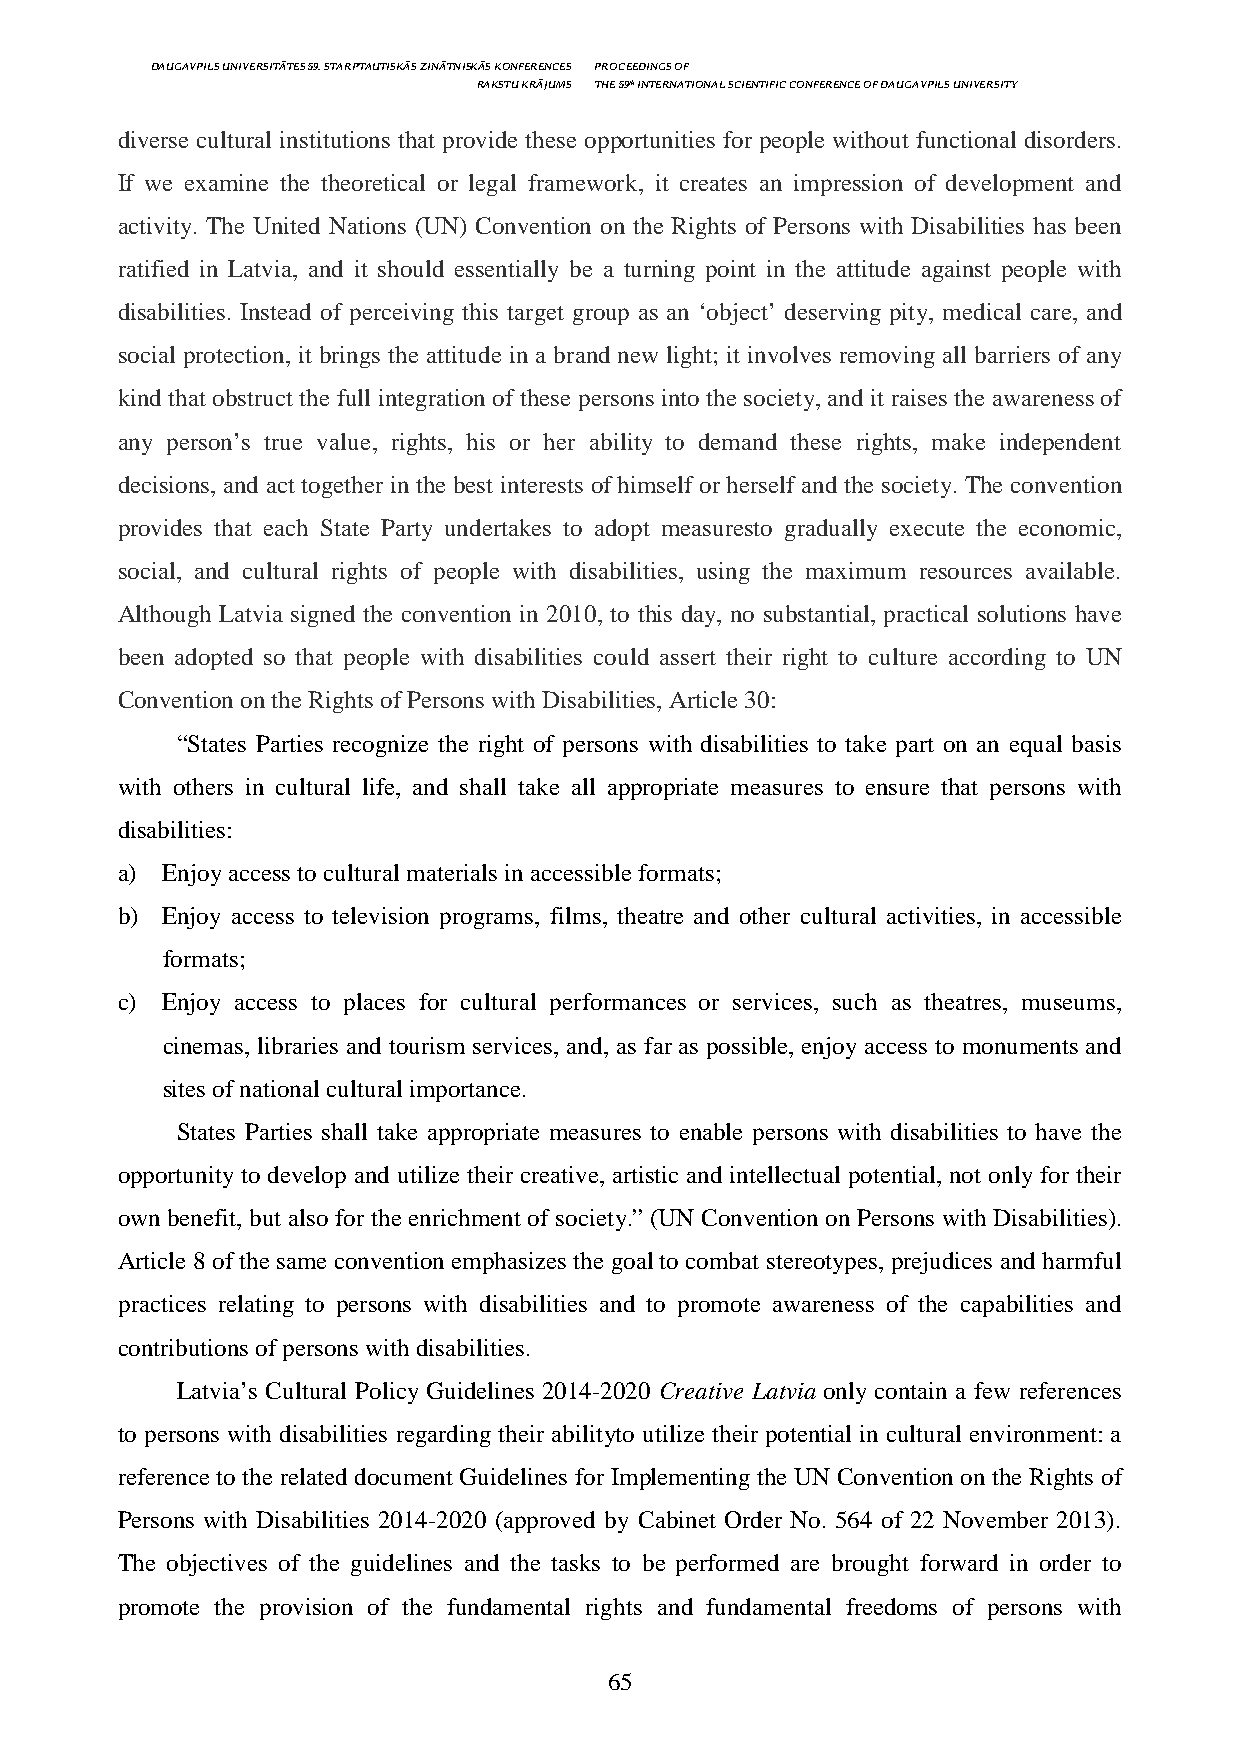
DAUGAVPILS UNIVERSITĀTES 59. STARPTAUTISKĀS ZINĀTNISKĀS KONFERENCES PROCEEDINGS OF
 RAKSTU KRĀJUMS THE 59th INTERNATIONAL SCIENTIFIC CONFERENCE OF DAUGAVPILS UNIVERSITY
 diverse cultural institutions that provide these opportunities for people without functional disorders.
 If we examine the theoretical or legal framework, it creates an impression of development and
 activity. The United Nations (UN) Convention on the Rights of Persons with Disabilities has been
 ratified in Latvia, and it should essentially be a turning point in the attitude against people with
 disabilities. Instead of perceiving this target group as an ‘object’ deserving pity, medical care, and
 social protection, it brings the attitude in a brand new light; it involves removing all barriers of any
 kind that obstruct the full integration of these persons into the society, and it raises the awareness of
 any person’s true value, rights, his or her ability to demand these rights, make independent
 decisions, and act together in the best interests of himself or herself and the society. The convention
 provides that each State Party undertakes to adopt measuresto gradually execute the economic,
 social, and cultural rights of people with disabilities, using the maximum resources available.
 Although Latvia signed the convention in 2010, to this day, no substantial, practical solutions have
 been adopted so that people with disabilities could assert their right to culture according to UN
 Convention on the Rights of Persons with Disabilities, Article 30:
 “States Parties recognize the right of persons with disabilities to take part on an equal basis
 with others in cultural life, and shall take all appropriate measures to ensure that persons with
 disabilities:
 a) Enjoy access to cultural materials in accessible formats;
 b) Enjoy access to television programs, films, theatre and other cultural activities, in accessible
 formats;
 c) Enjoy access to places for cultural performances or services, such as theatres, museums,
 cinemas, libraries and tourism services, and, as far as possible, enjoy access to monuments and
 sites of national cultural importance.
 States Parties shall take appropriate measures to enable persons with disabilities to have the
 opportunity to develop and utilize their creative, artistic and intellectual potential, not only for their
 own benefit, but also for the enrichment of society.” (UN Convention on Persons with Disabilities).
 Article 8 of the same convention emphasizes the goal to combat stereotypes, prejudices and harmful
 practices relating to persons with disabilities and to promote awareness of the capabilities and
 contributions of persons with disabilities.
 Latvia’s Cultural Policy Guidelines 2014-2020 Creative Latvia only contain a few references
 to persons with disabilities regarding their abilityto utilize their potential in cultural environment: a
 reference to the related document Guidelines for Implementing the UN Convention on the Rights of
 Persons with Disabilities 2014-2020 (approved by Cabinet Order No. 564 of 22 November 2013).
 The objectives of the guidelines and the tasks to be performed are brought forward in order to
 promote the provision of the fundamental rights and fundamental freedoms of persons with
 65